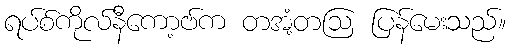
ရပ်စ်ကိုလ်နီကော့ဗ်က တအံ့တဩ ပြန်မေးသည်။